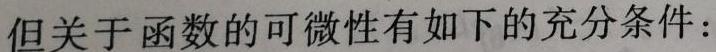
但关于函数的可微性有如下的充分条件：